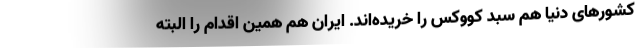
کشورهای دنیا هم سبد کووکس را خریده‌اند. ایران هم همین اقدام را البته